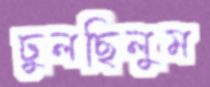
ঢুলছিলুম